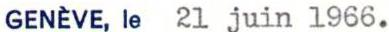
GENÈVE, le 21 juin 166.